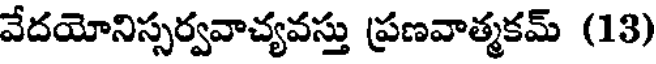
వేదయోనిస్సర్వవాచ్యవస్తు ప్రణవాత్మకమ్ (13)